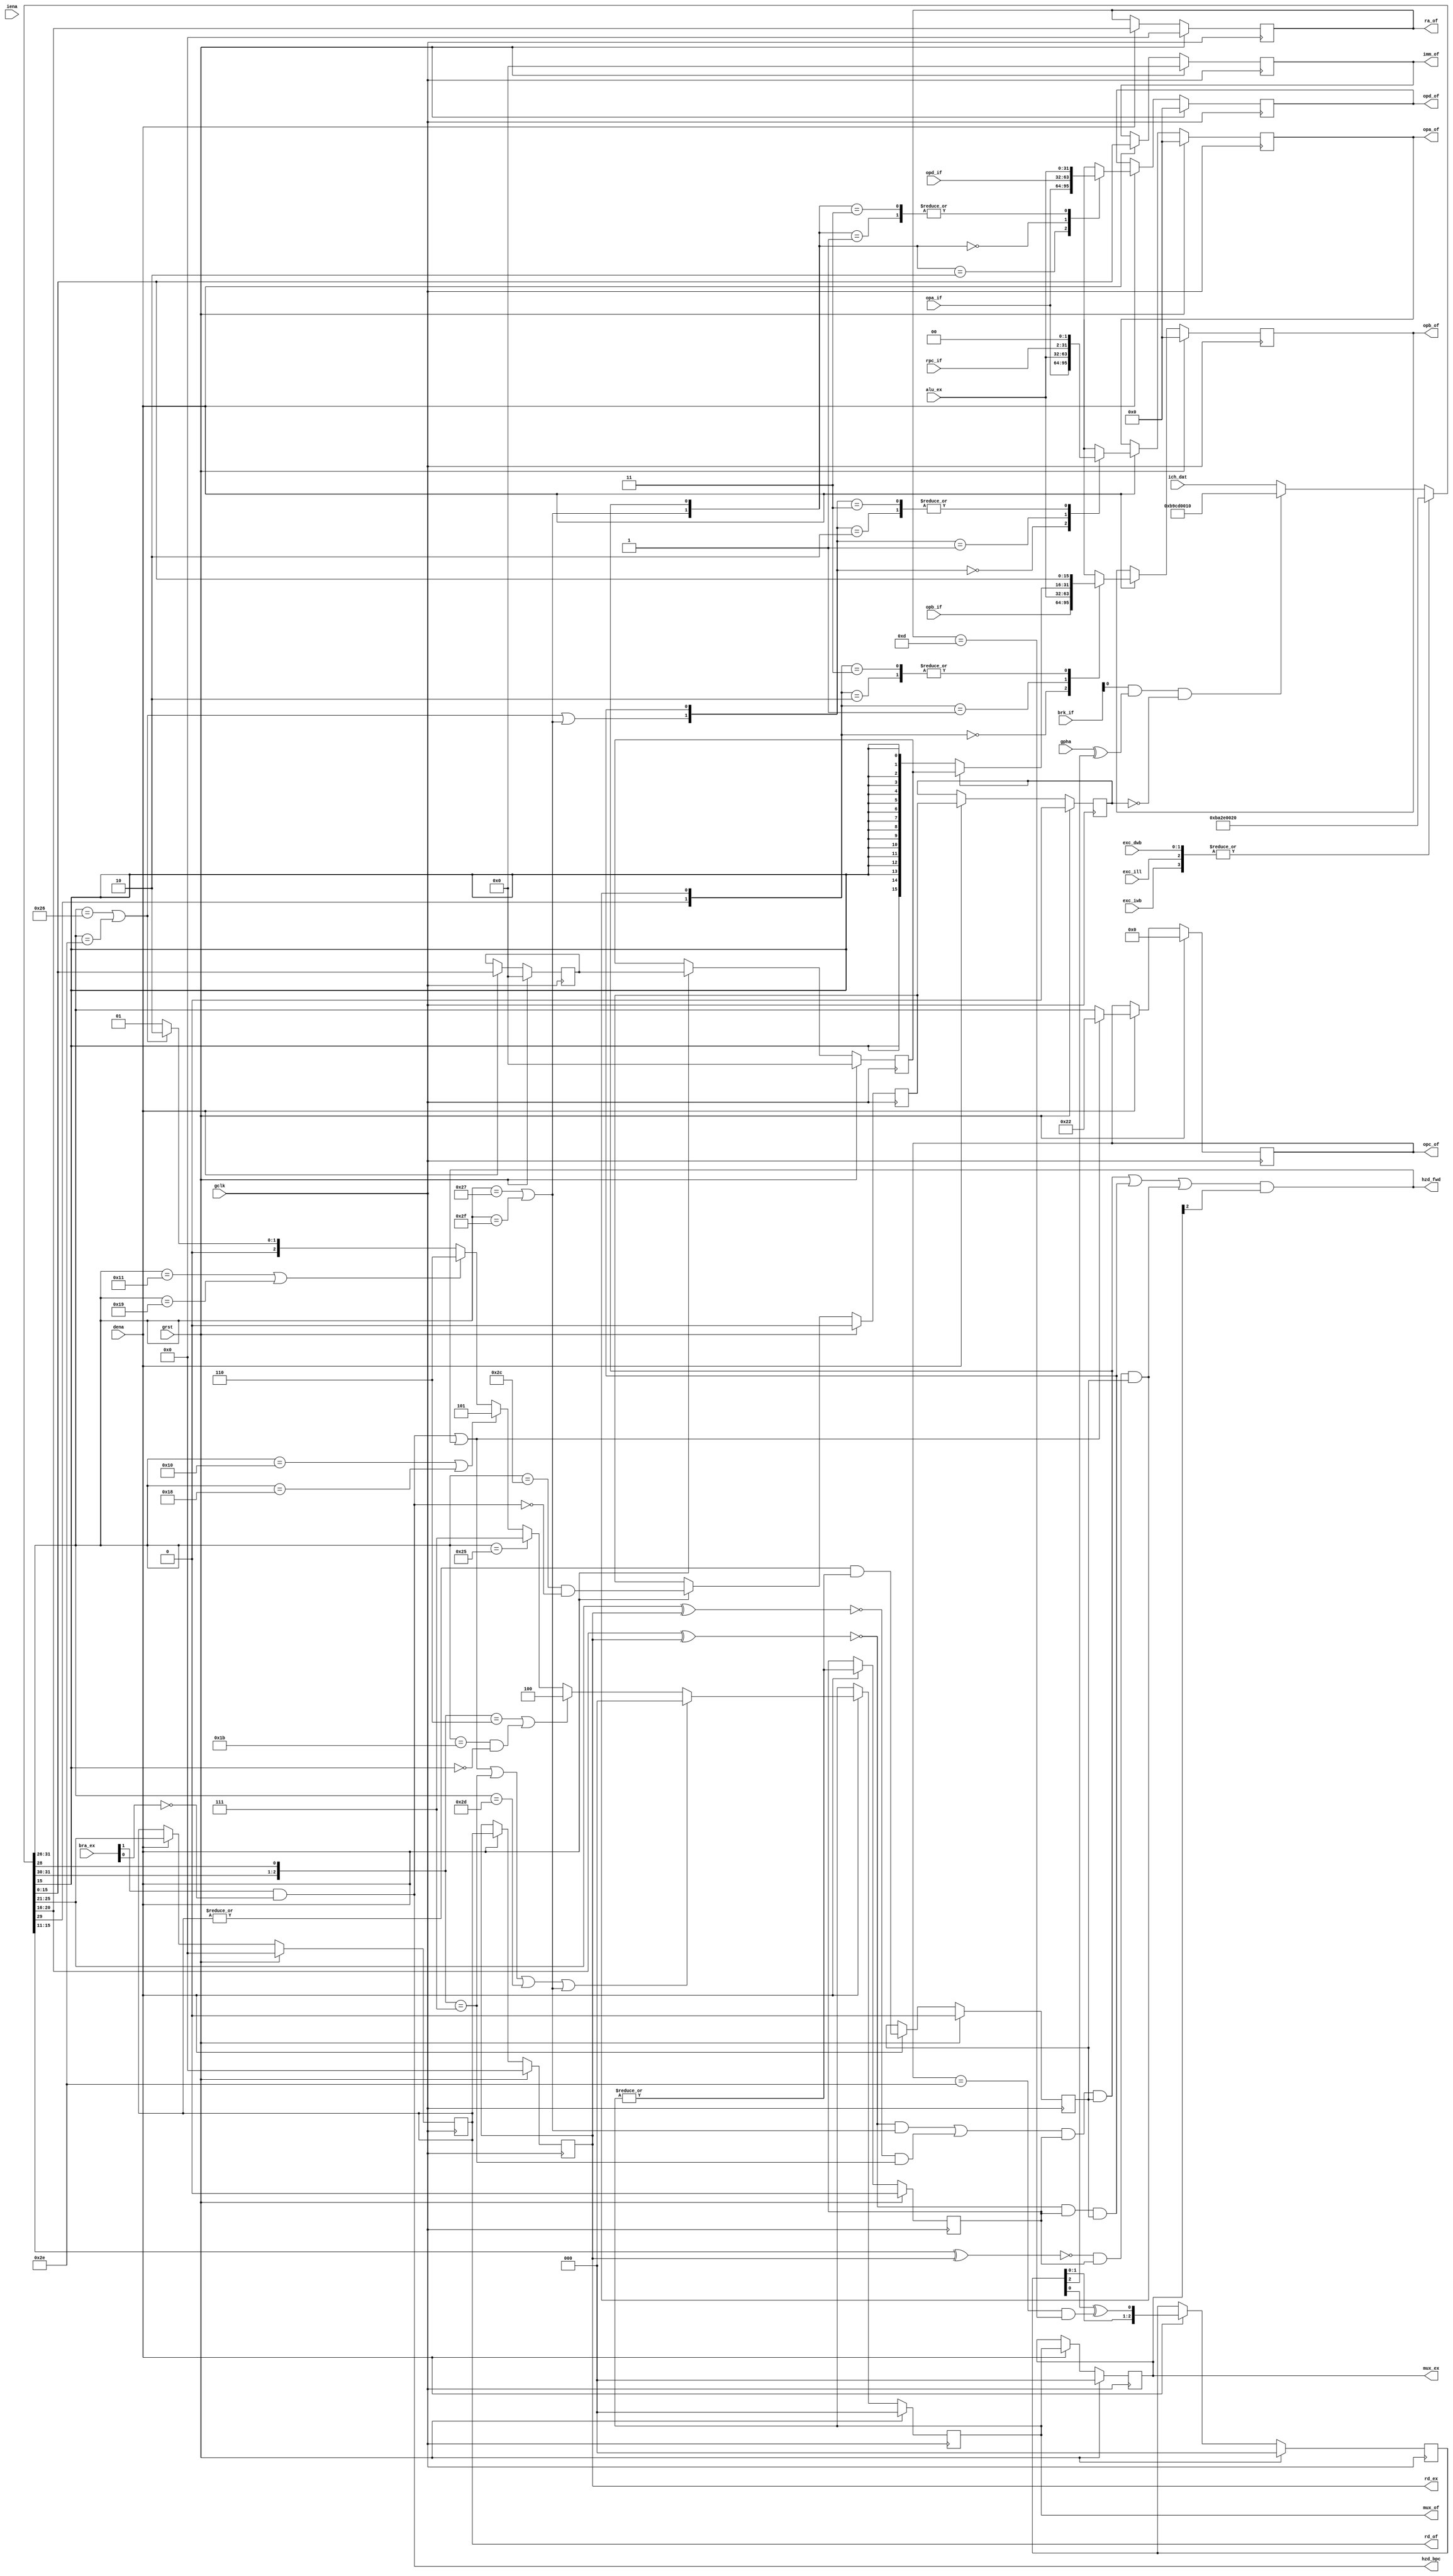
/* $Id: aeMB2_ctrl.v,v 1.7 2008-05-11 13:50:50 sybreon Exp $
**
** AEMB2 EDK 6.2 COMPATIBLE CORE
** Copyright (C) 2004-2008 Shawn Tan <shawn.tan@aeste.net>
**  
** This file is part of AEMB.
**
** AEMB is free software: you can redistribute it and/or modify it
** under the terms of the GNU Lesser General Public License as
** published by the Free Software Foundation, either version 3 of the
** License, or (at your option) any later version.
**
** AEMB is distributed in the hope that it will be useful, but WITHOUT
** ANY WARRANTY; without even the implied warranty of MERCHANTABILITY
** or FITNESS FOR A PARTICULAR PURPOSE.  See the GNU Lesser General
** Public License for more details.
**
** You should have received a copy of the GNU Lesser General Public
** License along with AEMB. If not, see <http:**www.gnu.org/licenses/>.
*/
/**
 * Instruction Decode & Control
 * @file aeMB2_ctrl.v
 
 * This is the data decoder that will control the command signals and
   operand fetch. 
 
 */
`timescale  1ns/1ps
module aeMB2_ctrl (/*AUTOARG*/
   // Outputs
   opa_of, opb_of, opd_of, opc_of, ra_of, rd_of, imm_of, rd_ex,
   mux_of, mux_ex, hzd_bpc, hzd_fwd,
   // Inputs
   opa_if, opb_if, opd_if, brk_if, bra_ex, rpc_if, alu_ex, ich_dat,
   exc_dwb, exc_ill, exc_iwb, gclk, grst, dena, iena, gpha
   );
   parameter AEMB_HTX = 1;   
   
   // EX CONTROL
   output [31:0] opa_of;
   output [31:0] opb_of;
   output [31:0] opd_of;
   output [5:0]  opc_of;   
   output [4:0]  ra_of,
		 //rb_of,
		 rd_of;
   output [15:0] imm_of;   
   output [4:0]	 rd_ex;   
   
   // REGS
   input [31:0]  opa_if,
		 opb_if,
		 opd_if;   
   
   // WB CONTROL
   output [2:0]  mux_of,
		 mux_ex;   
   
   // INTERNAL
   input [1:0] 	 brk_if;   
   input [1:0] 	 bra_ex;   
   input [31:2]  rpc_if;   
   input [31:0]  alu_ex;   
   input [31:0]  ich_dat;

   input [1:0] 	 exc_dwb;
   input 	 exc_ill;
   input 	 exc_iwb;   
   
   output 	 hzd_bpc;   
   output 	 hzd_fwd;
   
   // SYSTEM
   input 	 gclk,
		 grst,
		 dena,
		 iena,
		 gpha;   
   
   /*AUTOREG*/
   // Beginning of automatic regs (for this module's undeclared outputs)
   reg [15:0]		imm_of;
   reg [2:0]		mux_ex;
   reg [2:0]		mux_of;
   reg [31:0]		opa_of;
   reg [31:0]		opb_of;
   reg [5:0]		opc_of;
   reg [31:0]		opd_of;
   reg [4:0]		ra_of;
   reg [4:0]		rd_ex;
   reg [4:0]		rd_of;
   // End of automatics

   wire 		fINT, fXCE;   
   wire [31:0] 		wXCEOP = 32'hBA2E0020; // Vector 0x20
   wire [31:0] 		wINTOP = 32'hB9CD0010; // Vector 0x10   
   //wire [31:0] 		wNOPOP = 32'h88000000; // branch-no-delay/stall
   
   wire [1:0] 		mux_opa, mux_opb, mux_opd;   
   
   // translate signals
   wire [4:0] 		wRD, wRA, wRB;
   wire [5:0] 		wOPC;
   wire [15:0] 		wIMM;
   wire [31:0] 		imm_if;
   
   assign 		{wOPC, wRD, wRA, wIMM} = (fXCE) ? wXCEOP :
						 (fINT) ? wINTOP : 
						 ich_dat;
   assign 		wRB = wIMM[15:11];

   // decode main opgroups

   //wire 		fSFT = (wOPC == 6'o44);
   //wire 		fLOG = ({wOPC[5:4],wOPC[2]} == 3'o4);      
   wire 		fMUL = (wOPC == 6'o20) | (wOPC == 6'o30);
   wire 		fBSF = (wOPC == 6'o21) | (wOPC == 6'o31);
   //wire 		fDIV = (wOPC == 6'o22);   
   wire 		fRTD = (wOPC == 6'o55);
   wire 		fBCC = (wOPC == 6'o47) | (wOPC == 6'o57);
   wire 		fBRU = (wOPC == 6'o46) | (wOPC == 6'o56);
   //wire 		fBRA = fBRU & wRA[3];      
   wire 		fIMM = (wOPC == 6'o54);
   wire 		fMOV = (wOPC == 6'o45);      
   wire 		fLOD = ({wOPC[5:4],wOPC[2]} == 3'o6);
   wire 		fSTR = ({wOPC[5:4],wOPC[2]} == 3'o7);
   //wire 		fLDST = (wOPC[5:4] == 2'o3);   
   //wire 		fPUT = (wOPC == 6'o33) & wRB[4];
   wire 		fGET = (wOPC == 6'o33) & !wRB[4];   


   // control signals
   localparam [2:0] 	MUX_SFR = 3'o7,
			MUX_BSF = 3'o6,
			MUX_MUL = 3'o5,
			MUX_MEM = 3'o4,
			
			MUX_RPC = 3'o2,
			MUX_ALU = 3'o1,
			MUX_NOP = 3'o0;   							  
   
   always @(posedge gclk)
     if (grst) begin
	/*AUTORESET*/
	// Beginning of autoreset for uninitialized flops
	imm_of <= 16'h0;
	mux_of <= 3'h0;
	opc_of <= 6'h0;
	ra_of <= 5'h0;
	rd_of <= 5'h0;
	// End of automatics
     end else if (dena) begin

	mux_of <= #1
		  (hzd_bpc | hzd_fwd | fSTR | fRTD | fBCC) ? MUX_NOP :
		  (fLOD | fGET) ? MUX_MEM :
		  (fMOV) ? MUX_SFR :
		  (fMUL) ? MUX_MUL :
		  (fBSF) ? MUX_BSF :
		  (fBRU) ? MUX_RPC :		  
		  MUX_ALU;
	
	opc_of <= #1		  
		  (hzd_bpc | hzd_fwd) ? 6'o42 : // XOR (SKIP) 
		  wOPC;
	
	rd_of <= #1 wRD;	
	ra_of <= #1 wRA;
	imm_of <= #1 wIMM;
	
     end // if (dena)
      
   // immediate implementation
   reg [15:0] 		rIMM0, rIMM1;
   reg 			rFIM0, rFIM1;
   //wire 		wFIMH = (gpha & AEMB_HTX[0]) ? rFIM1 : rFIM0;   
   //wire [15:0] 		wIMMH = (gpha & AEMB_HTX[0]) ? rIMM1 : rIMM0;

   assign 		imm_if[15:0] = wIMM;
   assign 		imm_if[31:16] = (rFIM1) ? rIMM1 :
					{(16){wIMM[15]}};

   // BARREL IMM
   always @(posedge gclk)
     if (grst) begin
	/*AUTORESET*/
	// Beginning of autoreset for uninitialized flops
	rFIM0 <= 1'h0;
	rFIM1 <= 1'h0;
	rIMM0 <= 16'h0;
	rIMM1 <= 16'h0;
	// End of automatics
     end else if (dena) begin
	rFIM1 <= #1 rFIM0;
	rFIM0 <= #1 fIMM & !hzd_bpc;	

	rIMM1 <= #1 rIMM0;
	rIMM0 <= #1 wIMM;	
     end

   wire       fBRKI = (opc_of == 6'o56) & (ra_of[4:0] == 5'hD);
   reg [2:0]  rINT;
 	      
   assign fINT = brk_if[0] & (gpha ^ rINT[2]) & !rFIM1;   
   //assign fXCE = brk_if[1];
   assign fXCE = |{exc_ill, exc_iwb, exc_dwb};
   // & ((gpha & !rFIM1) | (!gpha & rFIM0));   

   // Distribute interrupts over the phases.
   always @(posedge gclk)
     if (grst) begin
	/*AUTORESET*/
	// Beginning of autoreset for uninitialized flops
	rINT <= 3'h0;
	// End of automatics
     end else if (dena) begin
	rINT <= #1 {rINT[1:0],rINT[0] ^ fBRKI};	
     end
   
   // operand latch   
   reg 			wrb_ex;
   reg 			fwd_ex;   
   reg [2:0] 		mux_mx;
   
   wire 		opb_fwd, opa_fwd, opd_fwd;
   
   assign 		mux_opb = {wOPC[3], opb_fwd};
   assign 		opb_fwd = ((wRB ^ rd_ex) == 5'd0) & // RB forwarding needed
				  fwd_ex & wrb_ex;   

   assign 		mux_opa = {(fBRU|fBCC), opa_fwd};
   assign 		opa_fwd = ((wRA ^ rd_ex) == 5'd0) & // RA forwarding needed
				  fwd_ex & wrb_ex;

   assign 		mux_opd = {fBCC, opd_fwd};		
   assign 		opd_fwd = (( ((wRA ^ rd_ex) == 5'd0) & fBCC) | // RA forwarding
				   ( ((wRD ^ rd_ex) == 5'd0) & fSTR)) & // RD forwarding
				  fwd_ex & wrb_ex;   

   always @(posedge gclk)
     if (grst) begin
	/*AUTORESET*/
	// Beginning of autoreset for uninitialized flops
	fwd_ex <= 1'h0;
	mux_ex <= 3'h0;
	mux_mx <= 3'h0;
	rd_ex <= 5'h0;
	wrb_ex <= 1'h0;
	// End of automatics
     end else if (dena) begin
	wrb_ex <= #1 |rd_of & |mux_of; // FIXME: check mux	
	fwd_ex <= #1 |mux_of; // FIXME: check mux

	mux_mx <= #1 mux_ex;	
	mux_ex <= #1 mux_of;	
	rd_ex <= #1 rd_of;	
     end
      
   always @(posedge gclk)
     if (grst) begin
	/*AUTORESET*/
	// Beginning of autoreset for uninitialized flops
	opa_of <= 32'h0;
	opb_of <= 32'h0;
	opd_of <= 32'h0;
	// End of automatics
	
     end else if (dena) begin
		  
	case (mux_opd)
	  2'o2: opd_of <= #1 opa_if; // BCC
	  2'o1: opd_of <= #1 alu_ex; // FWD
	  2'o0: opd_of <= #1 opd_if; // SXX
	  2'o3: opd_of <= #1 alu_ex; // FWD	  	  
	endcase // case (mux_opd)
	
	case (mux_opb)
	  2'o0: opb_of <= #1 opb_if;
	  2'o1: opb_of <= #1 alu_ex;
	  2'o2: opb_of <= #1 imm_if;
	  2'o3: opb_of <= #1 imm_if;	  
	endcase // case (mux_opb)
	
	case (mux_opa)
	  2'o0: opa_of <= #1 opa_if;
	  2'o1: opa_of <= #1 alu_ex;
	  2'o2: opa_of <= #1 {rpc_if, 2'o0};
	  2'o3: opa_of <= #1 {rpc_if, 2'o0};	  
	endcase // case (mux_opa)
	 	
     end // if (dena)
   
   // Hazard Detection
   //wire 		wFMUL = (mux_ex == MUX_MUL);
   //wire 		wFBSF = (mux_ex == MUX_BSF);
   //wire 		wFMEM = (mux_ex == MUX_MEM);
   //wire 		wFMOV = (mux_ex == MUX_SFR);   
   
   assign 		hzd_fwd = (opd_fwd | opa_fwd | opb_fwd) & mux_ex[2];   
				  //(wFMUL | wFBSF | wFMEM | wFMOV);
   assign 		hzd_bpc = (bra_ex[1] & !bra_ex[0]);
   
endmodule // aeMB2_ctrl